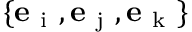
\{ { \mathbf e } _ { \mathrm { ~ i ~ } } , { \mathbf e } _ { \mathrm { ~ j ~ } } , { \mathbf e } _ { \mathrm { ~ k ~ } } \}